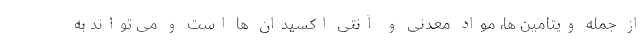
از جمله ویتامین ها، مواد معدنی و آنتی اکسیدان ها است و می تواند به